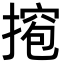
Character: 𫽵